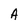
Character: A